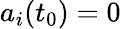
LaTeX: a_{i}(t_{0})=0